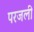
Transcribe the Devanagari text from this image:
परजली